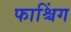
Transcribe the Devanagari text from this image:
फाश्चिंग